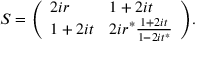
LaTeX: S = { \left( \begin{array} { l l } { 2 i r } & { 1 + 2 i t } \\ { 1 + 2 i t } & { 2 i r ^ { * } { \frac { 1 + 2 i t } { 1 - 2 i t ^ { * } } } } \end{array} \right) } .